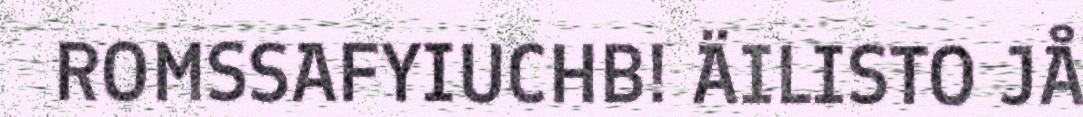
ROMSSAFYIUCHB! ÄILISTO JÅ